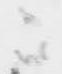
ニ